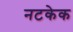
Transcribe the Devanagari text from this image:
नटकेक